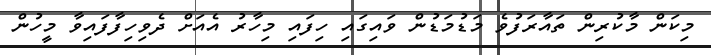
މިކަން މާކުރިން ތައާރަފުވެ މަޑުމަޑުން ވައިގައި ހިފައި މިހާރު އެއަށް ދެވިހިފާފައިވާ މީހުން